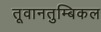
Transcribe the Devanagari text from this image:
तूवानतुम्बिकल